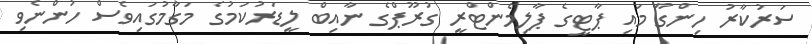
ސަރުކާރު ހިންގާ މައި ޕާޓީގެ ޕާލިމެންޓްރީ ގުރޫޕްގެ ނާއިބް ލީޑަރުކަމުގެ މަގާމުގައިވެސް ހުންނެވި